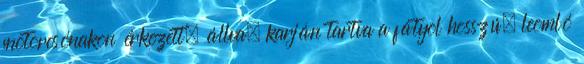
motorcsónakon érkezett, állva, karján tartva a fátyol hosszú, leomló